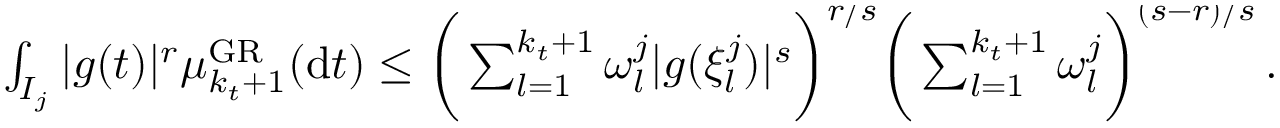
\begin{array} { r } { \int _ { I _ { j } } | g ( t ) | ^ { r } \mu _ { k _ { t } + 1 } ^ { \mathrm { G R } } ( \mathrm { d } t ) \leq \bigg ( \sum _ { l = 1 } ^ { k _ { t } + 1 } \omega _ { l } ^ { j } | g ( \xi _ { l } ^ { j } ) | ^ { s } \bigg ) ^ { \smash { r / s } } \bigg ( \sum _ { l = 1 } ^ { k _ { t } + 1 } \omega _ { l } ^ { j } \bigg ) ^ { \smash { ( s - r ) / s } } \, . } \end{array}